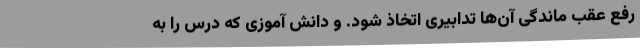
رفع عقب ماندگی آن‌ها تدابیری اتخاذ شود. و دانش آموزی که درس را به